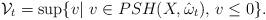
LaTeX: \begin{align*}\mathcal V_t = \sup\{ v | ~ v\in PSH(X,\hat \omega_t),\, v\le 0 \}.\end{align*}